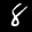
Label: 8